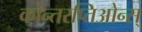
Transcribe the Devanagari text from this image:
कोन्तरप्तिओन्स्